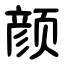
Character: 颜